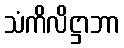
သံကိလိဋ္ဌာဘာ